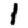
Digit: 1